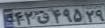
۴۲ق۴۹۵۲۹